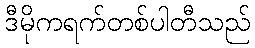
ဒီမိုကရက်တစ်ပါတီသည်